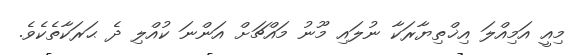
މިއީ އަމިއްލަ އިޚްތިޔާރަކާ ނުލައި މޫނު މައްޗަށް އަންނަ ކުއްލި ދެ ޙަރަކާތެކެވެ.